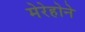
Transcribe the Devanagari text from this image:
मेरेहोने